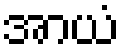
အာယံ